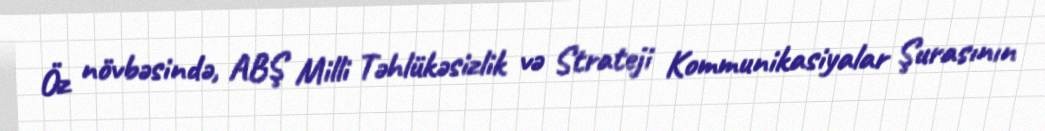
Öz növbəsində, ABŞ Milli Təhlükəsizlik və Strateji Kommunikasiyalar Şurasının